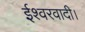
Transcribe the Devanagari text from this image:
ईश्वरवादी।